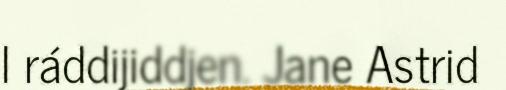
l ráddijiddjen. Jane Astrid